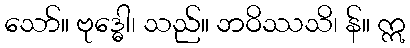
သော်။ ဗုဒ္ဓေါ၊ သည်။ ဘဝိဿသိ၊ န်။ ဣ